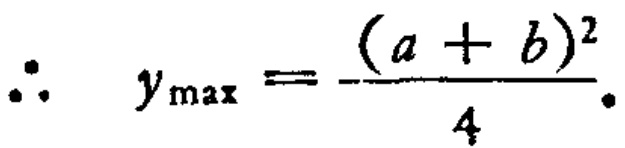
\(\therefore \quad y_{\max }=\frac{(a + b)^{2}}{4}.\)